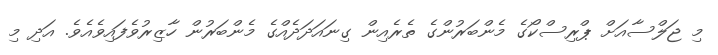
މި ޖަލްސާއަށް ޕްރިސްކޯގެ މެންބަރުންގެ ތެރެއިން ގިނައަދަދެއްގެ މެންބަރުން ހާޒިރުވެފައިވެއެވެ. އަދި މި